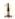
1